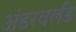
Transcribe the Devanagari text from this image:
अंडरवर्लड